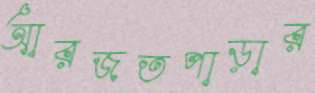
আরজতপাড়ার